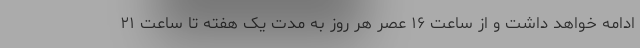
ادامه خواهد داشت و از ساعت ۱۶ عصر هر روز به مدت یک هفته تا ساعت ۲۱